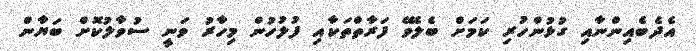
އެދެބެއިންނާއި ގުޅުންހުރި ކަމަށް ބެލެވޭ ފަރާތްތަކާއި ފުލުހުން މިހާރު ވަނީ ސުވާލުކޮށް ބަޔާން